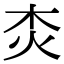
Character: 𤆰